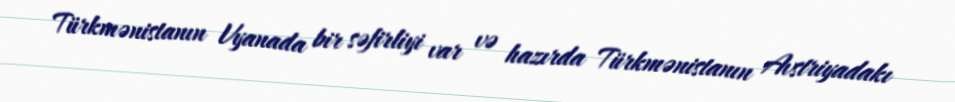
Türkmənistanın Vyanada bir səfirliyi var və hazırda Türkmənistanın Avstriyadakı